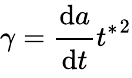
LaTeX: \gamma=\cfrac{\mathrm{d}a}{\mathrm{d}t}{t^{*}}^{2}